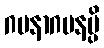
ဂမနာဂမနမ္ပိ